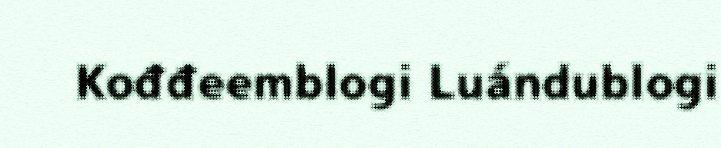
Kođđeemblogi Luándublogi